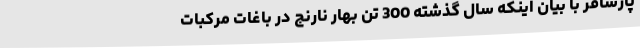
پارسافر با بیان اینکه سال گذشته 300 تن بهار نارنج در باغات مرکبات